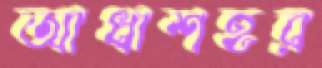
আধাশহর